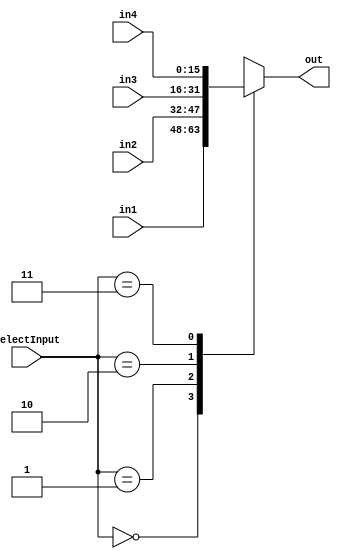
module mux4x1(in1, in2, in3, in4, selectInput, out);

	output reg [15:0] out;
	input [15:0] in1, in2, in3, in4;
	input [1:0] selectInput;
	
	always@(in1 or in2 or in3 or in4 or selectInput) begin
		case(selectInput)
			0: out = in1;
			1: out = in2;
			2: out = in3;
			3: out = in4;
		endcase
	end
	
	
endmodule